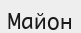
Майон